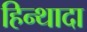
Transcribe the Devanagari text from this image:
हिन्थादा